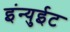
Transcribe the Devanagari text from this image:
इंन्युईट